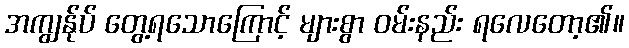
အကျွန်ုပ် တွေ့ရသောကြောင့် များစွာ ဝမ်းနည်း ရလေတော့၏။